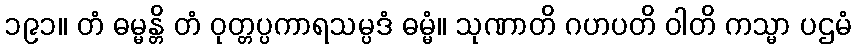
၁၉၁။ တံ ဓမ္မန္တိ တံ ဝုတ္တပ္ပကာရသမ္ပဒံ ဓမ္မံ။ သုဏာတိ ဂဟပတိ ဝါတိ ကသ္မာ ပဌမံ